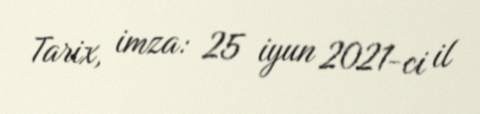
Tarix, imza: 25 iyun 2021-ci il